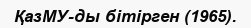
ҚазМУ-ды бітірген (1965).